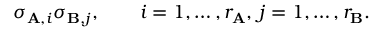
\sigma _ { \mathbf { A } , i } \sigma _ { \mathbf { B } , j } , \qquad i = 1 , \ldots , r _ { \mathbf { A } } , \, j = 1 , \ldots , r _ { \mathbf { B } } .